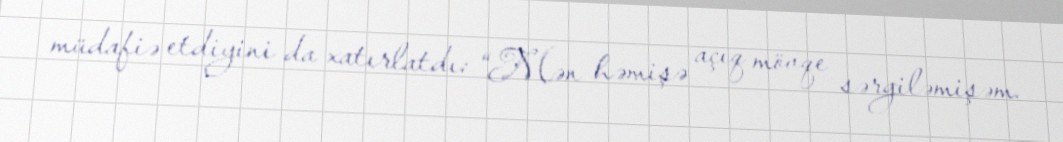
müdafiə etdiyini da xatırlatdı: “Mən həmişə açıq mövqe sərgiləmişəm.